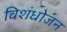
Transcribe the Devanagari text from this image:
विशंधोजन